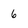
Character: 6